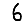
Digit: 6